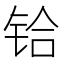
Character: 铪